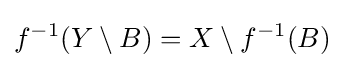
f^{-1}(Y\setminus B)=X\setminus f^{-1}(B)